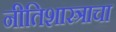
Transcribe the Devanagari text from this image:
नीतिशास्त्राचा